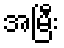
အမြီး